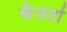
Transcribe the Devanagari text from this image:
कैसर्टा